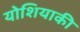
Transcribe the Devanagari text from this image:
योशियाकी